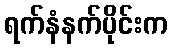
ရက်နံနက်ပိုင်းက